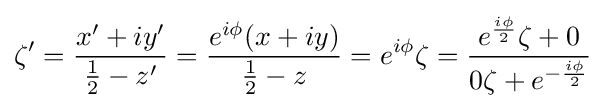
\zeta '={\frac {x'+iy'}{{\frac {1}{2}}-z'}}={\frac {e^{i\phi }(x+iy)}{{\frac {1}{2}}-z}}=e^{i\phi }\zeta ={\frac {e^{\frac {i\phi }{2}}\zeta +0}{0\zeta +e^{-{\frac {i\phi }{2}}}}}